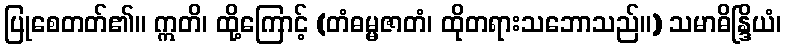
ပြုစေတတ်၏။ ဣတိ၊ ထို့ကြောင့် (တံဓမ္မဇာတံ၊ ထိုတရားသဘောသည်။) သမာဓိန္ဒြိယံ၊